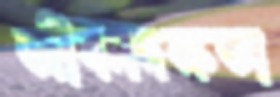
জীবনদক্ষতা